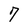
Character: 7